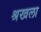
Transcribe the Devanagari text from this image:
श्रखला